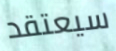
سيعتقد